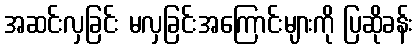
အဆင်းလှခြင်း မလှခြင်းအကြောင်းများကို ပြဆိုခန်း